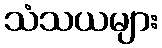
သံသယများ